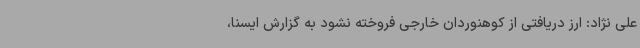
علی نژاد: ارز دریافتی از کوهنوردان خارجی فروخته نشود به گزارش ایسنا،